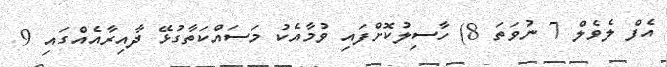
އެފް ލެވެލް 7 ނުވަތަ 8) ހާސިލުކޮށްފައި ވުމާއެކު މަސައްކަތާގުޅޭ ދާއިރާއެއްގައި 9